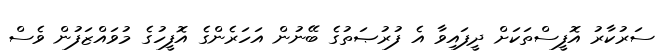
ސަރުކާރު އޮފީސްތަކަށް ދީފައިވާ އެ ފުރުޞަތުގެ ބޭނުން އަހަރެންގެ އޮފީހުގެ މުވައްޒަފުން ވެސް